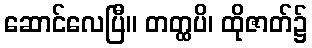
ဆောင်လေပြီ။ တတ္ထပိ၊ ထိုဇာတ်၌